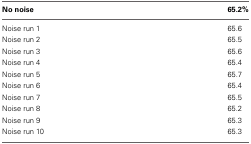
| No noise | 65.2% |
 | --- | --- |
 | Noise run 1 | 65.6 |
 | Noise run 2 | 65.5 |
 | Noise run 3 | 65.6 |
 | Noise run 4 | 65.4 |
 | Noise run 5 | 65.7 |
 | Noise run 6 | 65.4 |
 | Noise run 7 | 65.5 |
 | Noise run 8 | 65.2 |
 | Noise run 9 | 65.3 |
 | Noise run 10 | 65.3 |